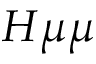
H \mu \mu